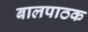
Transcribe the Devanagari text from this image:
बालपाठक